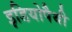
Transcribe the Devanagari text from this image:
इडियोपैथी